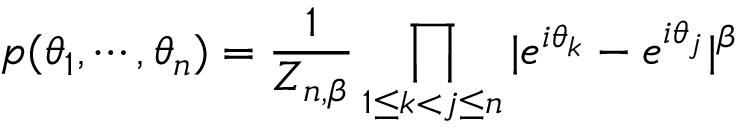
p ( \theta _ { 1 } , \cdots , \theta _ { n } ) = { \frac { 1 } { Z _ { n , \beta } } } \prod _ { 1 \leq k < j \leq n } | e ^ { i \theta _ { k } } - e ^ { i \theta _ { j } } | ^ { \beta }